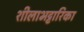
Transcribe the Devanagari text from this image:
शीलाभट्टारिका